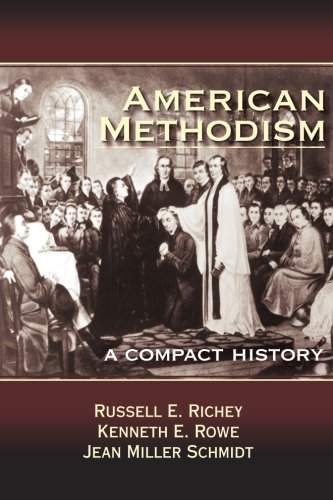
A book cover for American Methodism: A Compact History; Jeanne Miller Schmidt; Christian Books & Bibles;